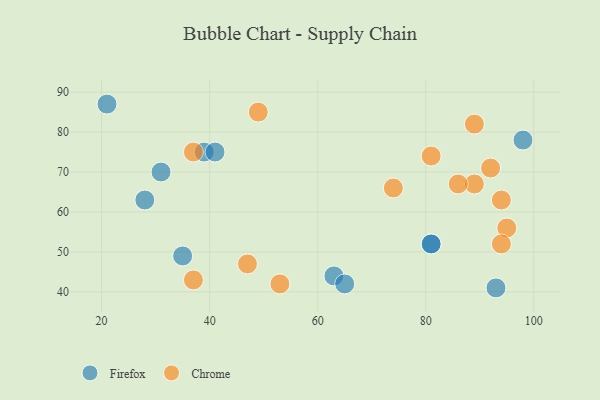
{"axis": {"x": "GDP", "y": "Life Expectancy"}, "legend": ["Chrome", "Firefox"], "data": [{"x": "81", "y": 52, "type": "Firefox"}, {"x": "98", "y": 78, "type": "Firefox"}, {"x": "63", "y": 44, "type": "Firefox"}, {"x": "39", "y": 75, "type": "Firefox"}, {"x": "41", "y": 75, "type": "Firefox"}, {"x": "81", "y": 52, "type": "Firefox"}, {"x": "65", "y": 42, "type": "Firefox"}, {"x": "31", "y": 70, "type": "Firefox"}, {"x": "21", "y": 87, "type": "Firefox"}, {"x": "93", "y": 41, "type": "Firefox"}, {"x": "28", "y": 63, "type": "Firefox"}, {"x": "35", "y": 49, "type": "Firefox"}, {"x": "95", "y": 56, "type": "Chrome"}, {"x": "37", "y": 43, "type": "Chrome"}, {"x": "47", "y": 47, "type": "Chrome"}, {"x": "89", "y": 82, "type": "Chrome"}, {"x": "81", "y": 74, "type": "Chrome"}, {"x": "53", "y": 42, "type": "Chrome"}, {"x": "89", "y": 67, "type": "Chrome"}, {"x": "37", "y": 75, "type": "Chrome"}, {"x": "94", "y": 63, "type": "Chrome"}, {"x": "49", "y": 85, "type": "Chrome"}, {"x": "94", "y": 52, "type": "Chrome"}, {"x": "92", "y": 71, "type": "Chrome"}, {"x": "86", "y": 67, "type": "Chrome"}, {"x": "74", "y": 66, "type": "Chrome"}]}